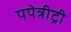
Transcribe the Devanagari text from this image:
पपेत्रीट्री